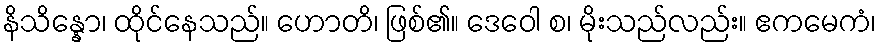
နိသိန္နော၊ ထိုင်နေသည်။ ဟောတိ၊ ဖြစ်၏။ ဒေဝေါ စ၊ မိုးသည်လည်း။ ဧကမေကံ၊